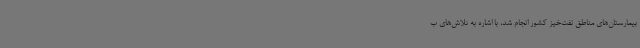
بیمارستان‌های مناطق نفت‌خیز کشور انجام شد، با اشاره به تلاش‌های ب